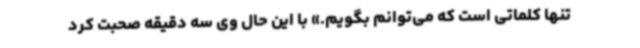
تنها کلماتی است که می‌توانم بگویم.» با این حال وی سه دقیقه صحبت کرد